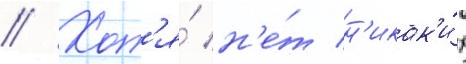
// Хот'я́ н'е́т н'икак'и́х